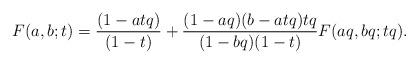
LaTeX: \begin{align*}F(a,b;t) = \frac{(1-atq)}{(1-t)} + \frac{(1-aq)(b-atq)tq}{(1-bq)(1-t)} F(aq,bq;tq).\end{align*}